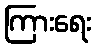
ကြားရေး